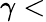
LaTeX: \gamma<